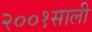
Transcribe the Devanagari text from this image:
२००१साली